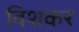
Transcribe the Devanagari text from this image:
विशकर